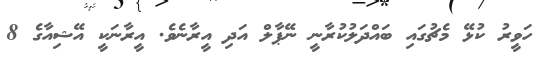
ހަވީރު ކުޅޭ މެޗުގައި ބައްދަލުކުރާނީ ނޭޕާލް އަދި އީރާނެވެ. އީރާނަކީ އޭޝިއާގެ 8